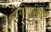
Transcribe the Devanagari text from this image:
सीसीएपीएम